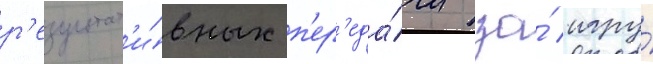
р'езультат'и́вных п'ер'еда́чи за́ игру́